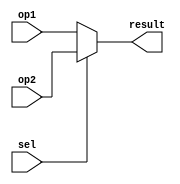
module mux (sel, op1, op2, result);
  
  input sel;
  input [15:0] op1;
  input [15:0] op2;
  
  output [15:0] result;
   
  assign result = (sel == 1'b0) ? op1 : op2;
endmodule